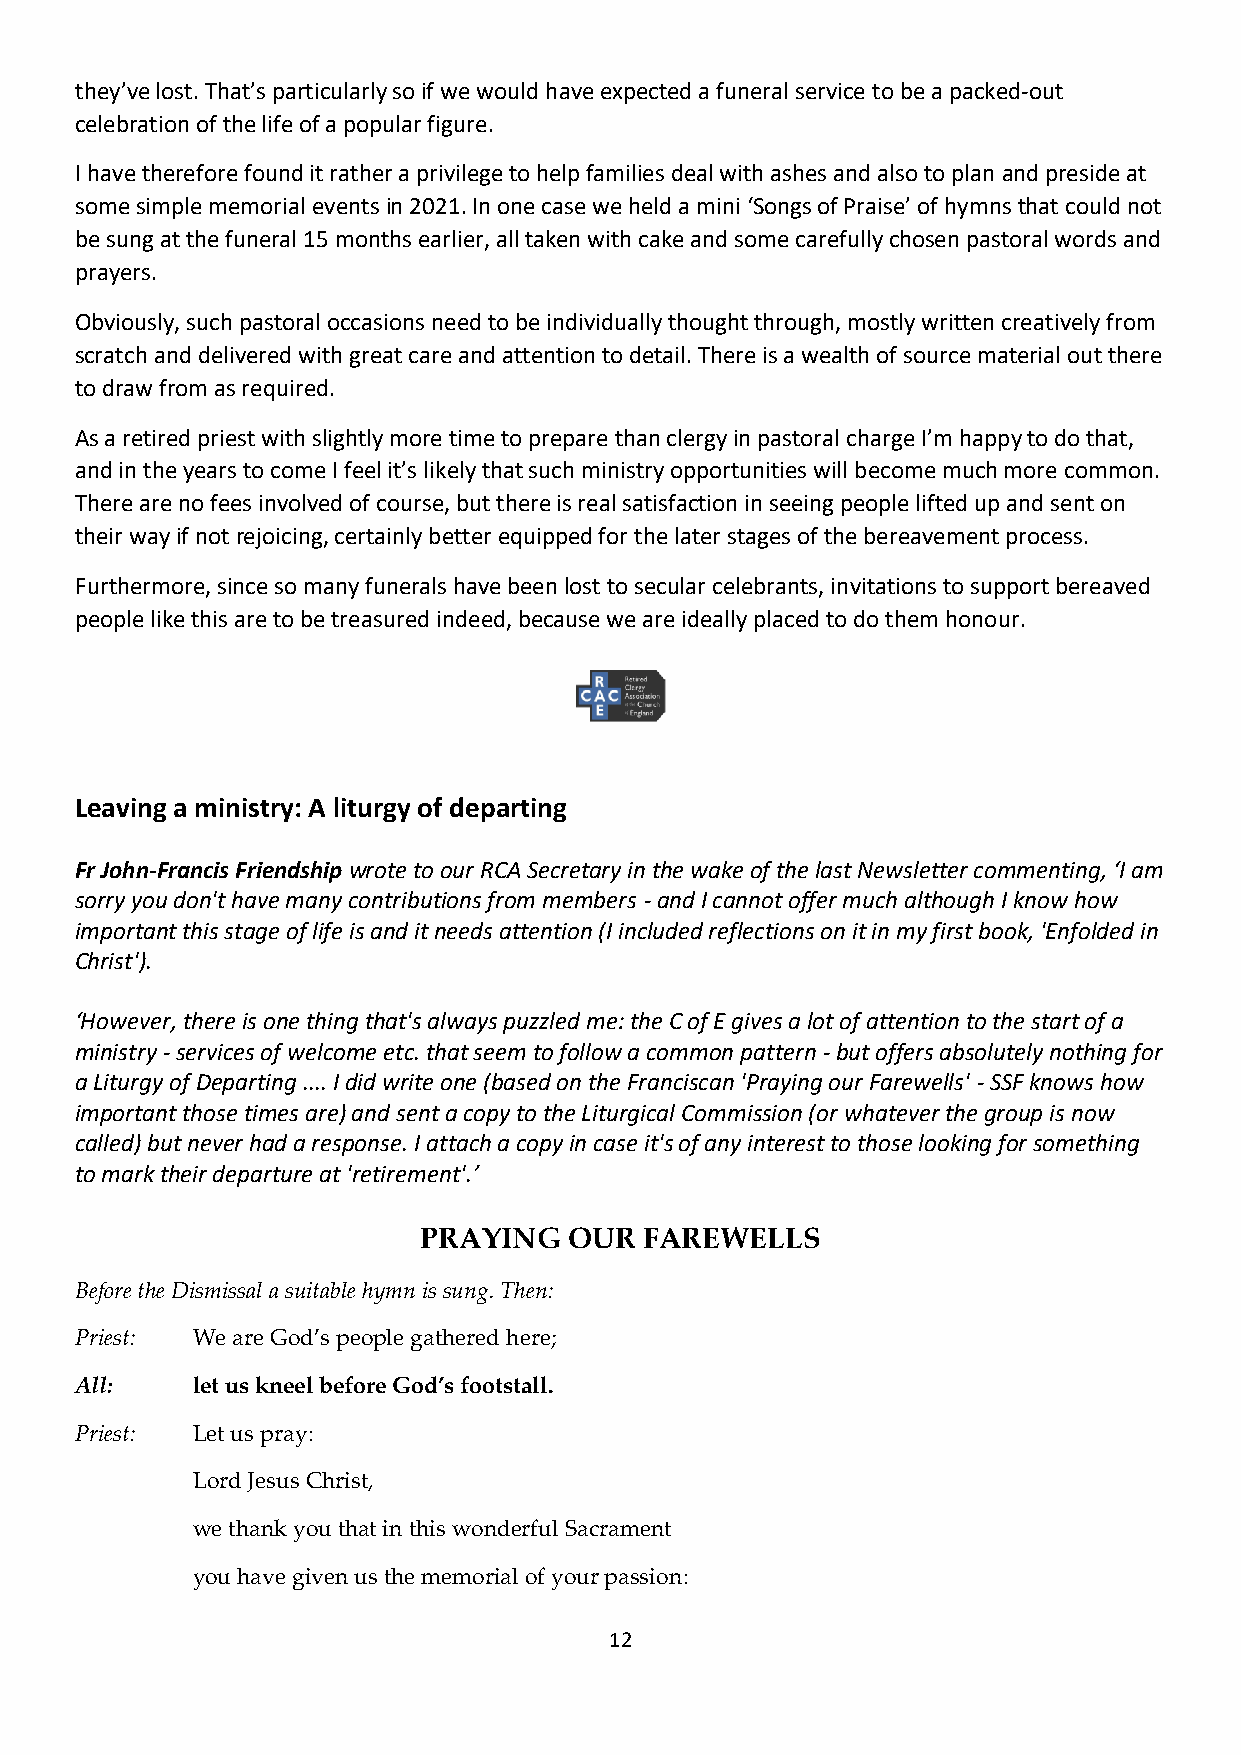
they’ve lost. That’s particularly so if we would have expected a funeral service to be a packed-out
 celebration of the life of a popular figure.
 I have therefore found it rather a privilege to help families deal with ashes and also to plan and preside at
 some simple memorial events in 2021. In one case we held a mini ‘Songs of Praise’ of hymns that could not
 be sung at the funeral 15 months earlier, all taken with cake and some carefully chosen pastoral words and
 prayers.
 Obviously, such pastoral occasions need to be individually thought through, mostly written creatively from
 scratch and delivered with great care and attention to detail. There is a wealth of source material out there
 to draw from as required.
 As a retired priest with slightly more time to prepare than clergy in pastoral charge I’m happy to do that,
 and in the years to come I feel it’s likely that such ministry opportunities will become much more common.
 There are no fees involved of course, but there is real satisfaction in seeing people lifted up and sent on
 their way if not rejoicing, certainly better equipped for the later stages of the bereavement process.
 Furthermore, since so many funerals have been lost to secular celebrants, invitations to support bereaved
 people like this are to be treasured indeed, because we are ideally placed to do them honour.
 Leaving a ministry: A liturgy of departing
 Fr John-Francis Friendship wrote to our RCA Secretary in the wake of the last Newsletter commenting, ‘I am
 sorry you don't have many contributions from members - and I cannot offer much although I know how
 important this stage of life is and it needs attention (I included reflections on it in my first book, 'Enfolded in
 Christ').
 ‘However, there is one thing that's always puzzled me: the C of E gives a lot of attention to the start of a
 ministry - services of welcome etc. that seem to follow a common pattern - but offers absolutely nothing for
 a Liturgy of Departing .... I did write one (based on the Franciscan 'Praying our Farewells' - SSF knows how
 important those times are) and sent a copy to the Liturgical Commission (or whatever the group is now
 called) but never had a response. I attach a copy in case it's of any interest to those looking for something
 to mark their departure at 'retirement'.’
 PRAYING   OUR  FAREWELLS
 Before the Dismissal a suitable hymn is sung. Then:
 Priest: We are God’s people gathered here;
 All:    let us kneel before God’s footstall.
 Priest: Let us pray:
 Lord Jesus Christ,
 we thank you that in this wonderful Sacrament
 you have given us the memorial of your passion:
 12